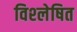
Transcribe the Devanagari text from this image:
विश्‍लेषित